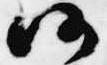
仍